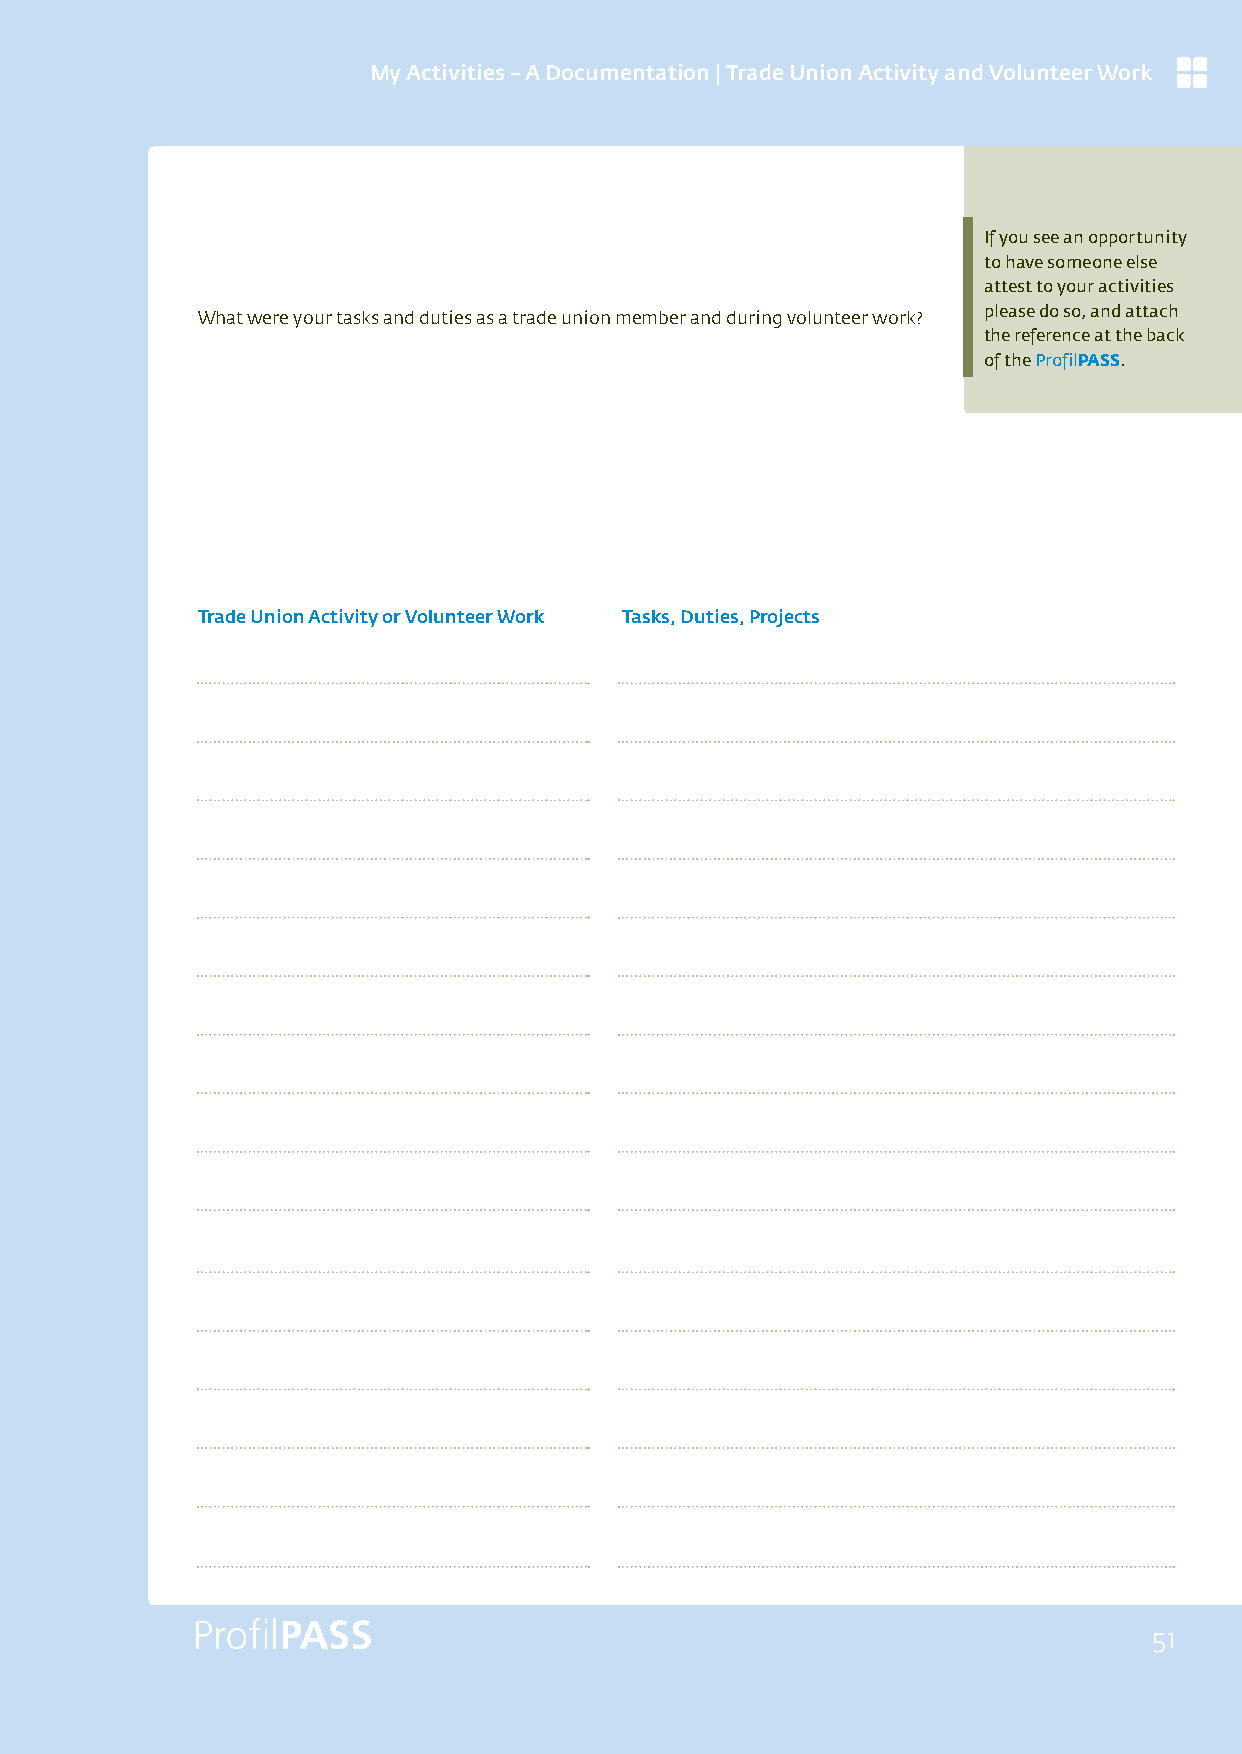
My Activities – A Documentation | Trade Union Activity and Volunteer Work
 If you see an opportunity
 to have someone else
 attest to your activities
 What were your tasks and duties as a trade union member and during volunteer work? please do so, and attach
 the reference at the back
 of the ProfilPASS.
 Trade Union Activity or Volunteer Work Tasks, Duties, Projects
 51